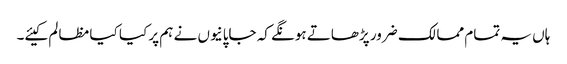
ہاں یہ تمام ممالک ضرور پڑھاتے ہونگے کہ جاپانیوں نے ہم پر کیا کیا مظالم کیئے۔